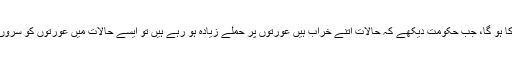
یہی حال پردے کے حوالے سے قوانین کا ہو گا، جب حکومت دیکھے کہ حالات اتنے خراب ہیں عورتوں پر حملے زیادہ ہو رہے ہیں تو ایسے حالات میں عورتوں کو سروں پر ڈوپٹہ لینے کا حکم دیا جا سکتا ہے۔